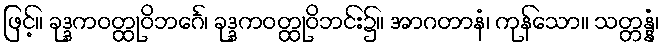
ဖြင့်။ ခုဒ္ဒကဝတ္ထုဝိဘင်္ဂေ၊ ခုဒ္ဒကဝတ္ထုဝိဘင်း၌။ အာဂတာနံ၊ ကုန်သော။ သတ္တန္နံ၊